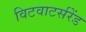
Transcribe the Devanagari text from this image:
विटवाटर्सरेंड